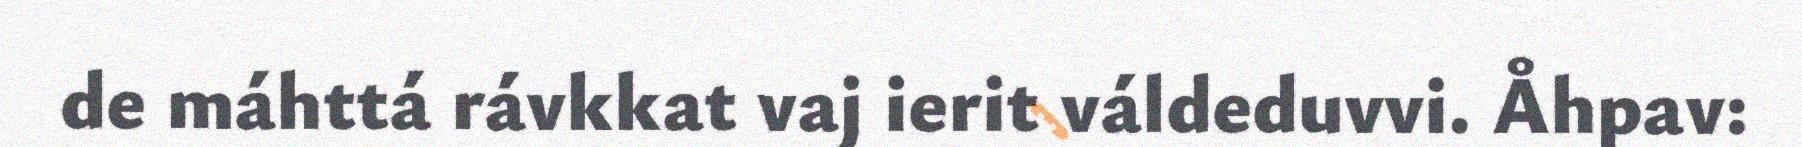
de máhttá rávkkat vaj ierit váldeduvvi. Åhpav: